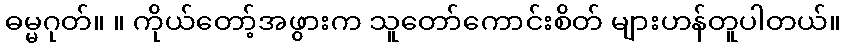
ဓမ္မဂုတ်။ ။ ကိုယ်တော့်အဖွားက သူတော်ကောင်းစိတ် များဟန်တူပါတယ်။